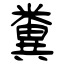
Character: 糞